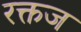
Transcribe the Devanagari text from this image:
रक्तज